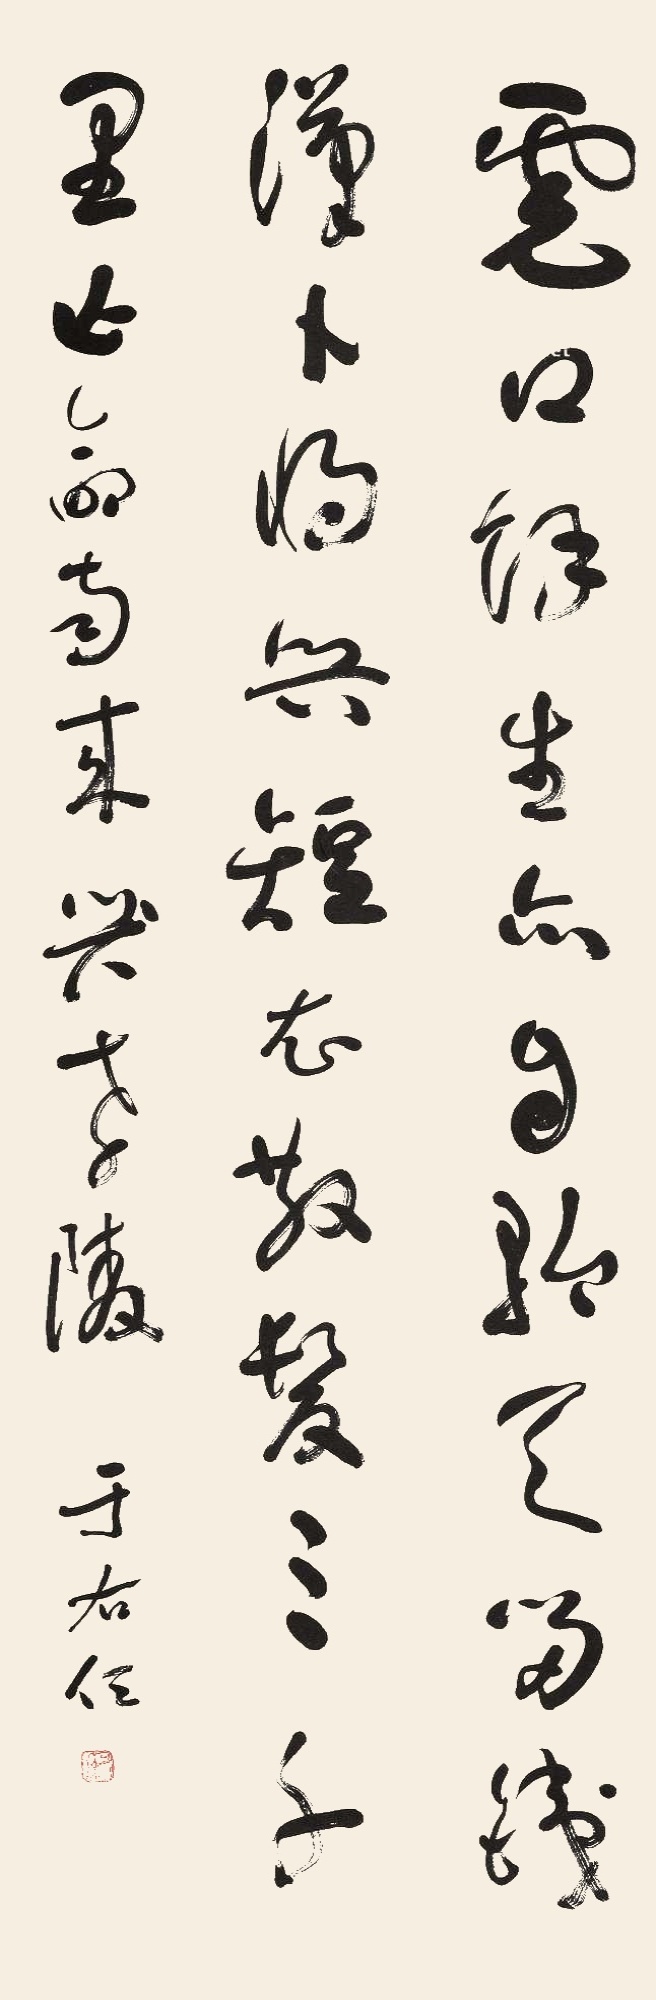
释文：虎口余生亦自矜，天留铁汉卜将兴。短衣散发三千里，亡命南来哭孝陵。于右任。